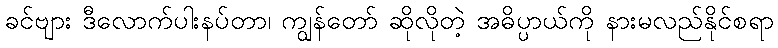
ခင်ဗျား ဒီလောက်ပါးနပ်တာ၊ ကျွန်တော် ဆိုလိုတဲ့ အဓိပ္ပာယ်ကို နားမလည်နိုင်စရာ